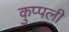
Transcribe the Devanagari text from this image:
कुप्पली